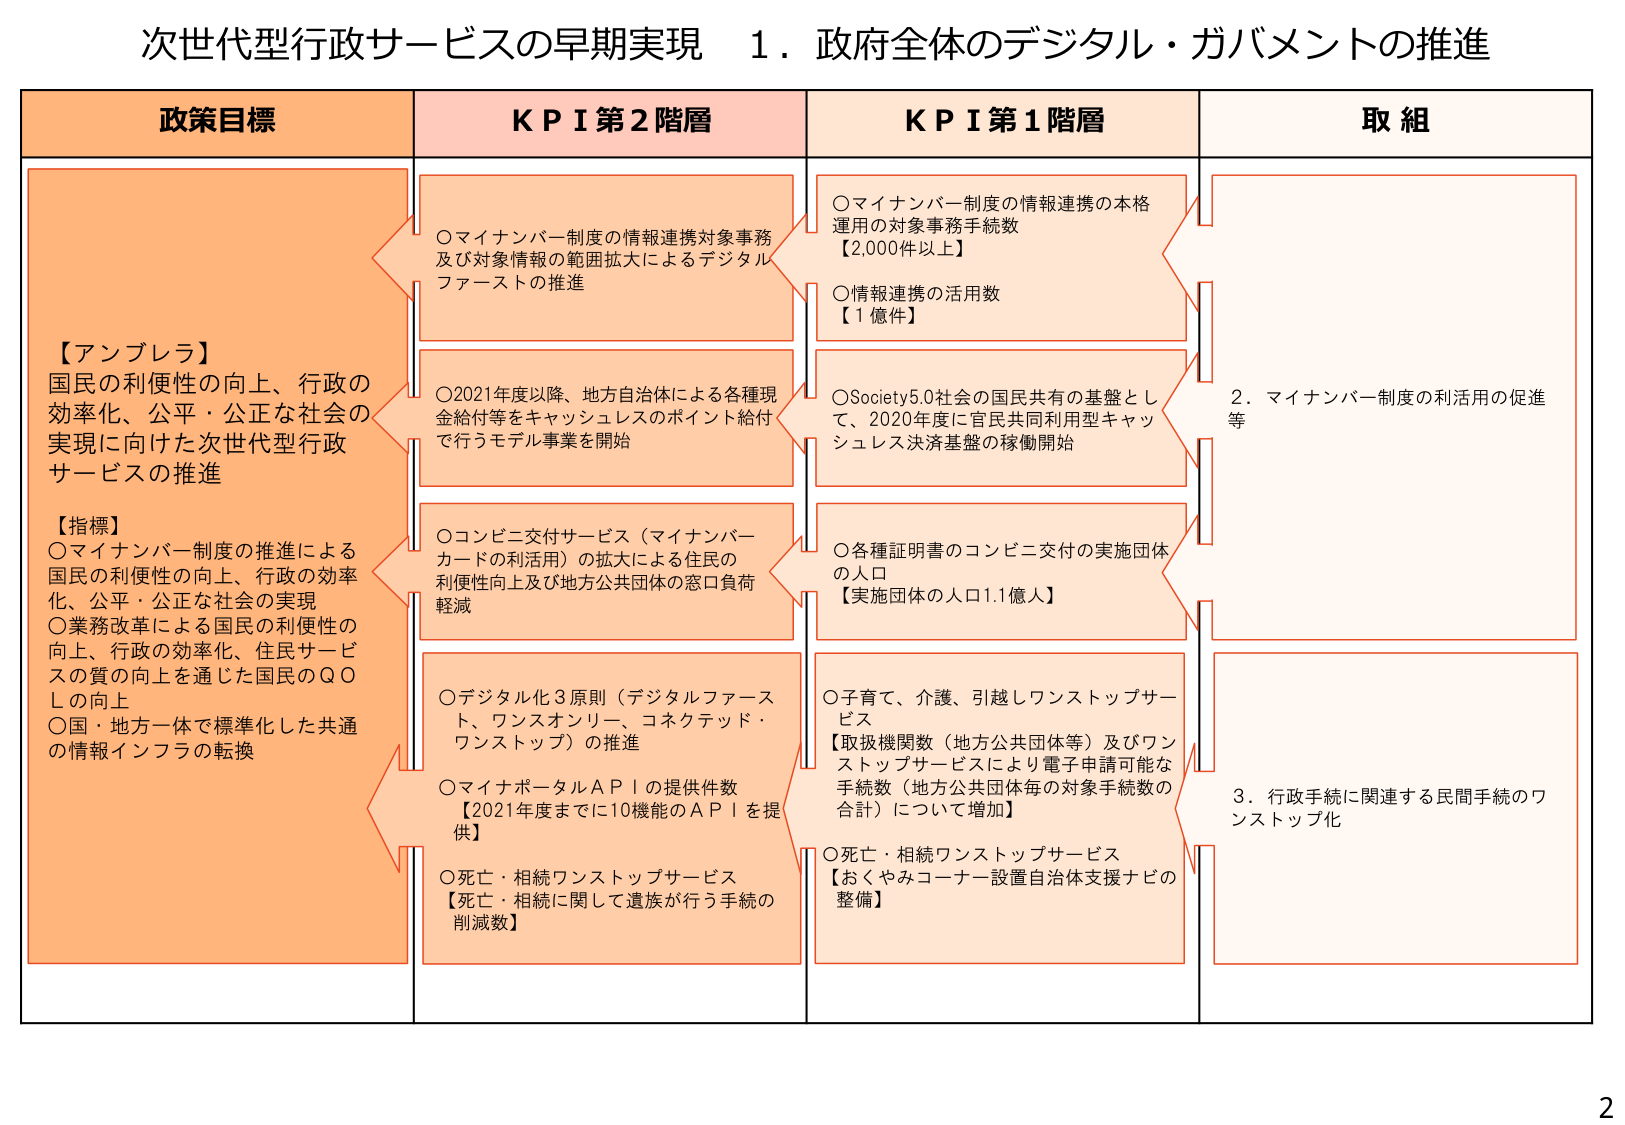
次世代型行政サービスの早期実現 1．政府全体のデジタル・ガバメントの推進

政策目標
【アンブレラ】
国民の利便性の向上、行政の
効率化、公平・公正な社会の
実現に向けた次世代型行政
サービスの推進

【指標】
○マイナンバー制度の推進による
国民の利便性の向上、行政の効率
化、公平・公正な社会の実現
○業務改革による国民の利便性の
向上、行政の効率化、住民サービ
スの質の向上を通じた国民のＱＯ
Ｌの向上
○国・地方一体で標準化した共通
の情報インフラの転換

KPI第2階層
○マイナンバー制度の情報連携対象事務
及び対象情報の範囲拡大によるデジタル
ファーストの推進
○2021年度以降、地方自治体による各種現
金給付等をキャッシュレスのポイント給付
で行うモデル事業を開始
○コンビニ交付サービス（マイナンバー
カードの利活用）の拡大による住民の
利便性向上及び地方公共団体の窓口負荷
軽減
○デジタル化3原則（デジタルファース
ト、ワンスオンリー、コネクテッド・
ワンストップ）の推進
○マイナポータルＡＰＩの提供件数
【2021年度までに10機能のＡＰＩを提
供】
○死亡・相続ワンストップサービス
【死亡・相続に関して遺族が行う手続の
削減数】

KPI第1階層
○マイナンバー制度の情報連携の本格
運用の対象事務手続数
【2,000件以上】
○情報連携の活用数
【1億件】
○Society5.0社会の国民共有の基盤とし
て、2020年度に官民共同利用型キャッ
シュレス決済基盤の稼働開始
○各種証明書のコンビニ交付の実施団体
の人口
【実施団体の人口1.1億人】
○子育て、介護、引越しワンストップサー
ビス
【取扱機関数（地方公共団体等）及びワン
ストップサービスにより電子申請可能な
手続数（地方公共団体毎の対象手続数の
合計）について増加】
○死亡・相続ワンストップサービス
【おくやみコーナー設置自治体支援ナビの
整備】

取組
2．マイナンバー制度の利活用の促進
等
3．行政手続に関連する民間手続のワ
ンストップ化

2